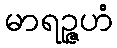
မာရဉ္ဇဟံ